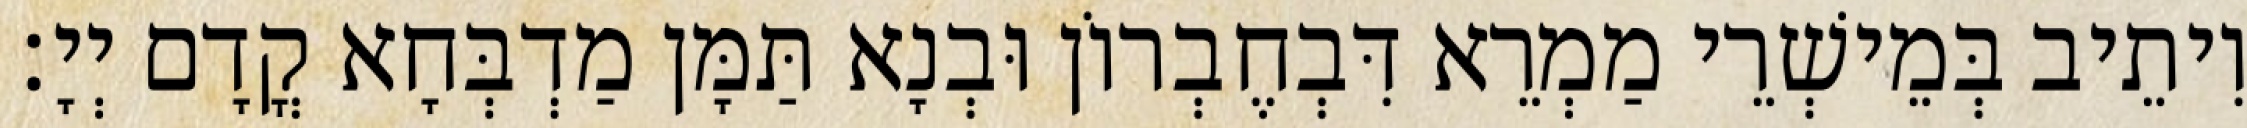
וִיתֵיב בְּמֵישְׁרֵי מַמְרֵא דִּבְחֶבְרוֹן וּבְנָא תַּמָּן מַדְבְּחָא קֳדָם יְיָ׃